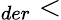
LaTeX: _{der}<